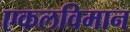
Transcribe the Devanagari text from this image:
एकलविमान